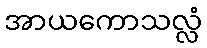
အာယကောသလ္လံ